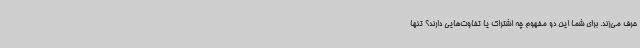
حرف می‌زند. برای شما این دو مفهوم چه اشتراک یا تفاوت‌هایی دارند؟ تنها